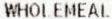
WHOLEMEAL